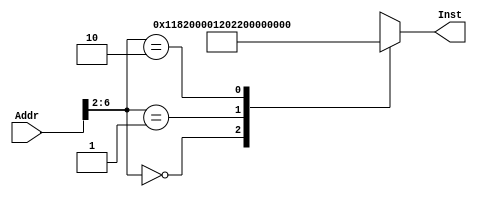
`timescale 1ns / 1ps
//////////////////////////////////////////////////////////////////////////////////
// Company: 
// Engineer: 
// 
// Design Name: 
// Module Name: Instmem
// Project Name: 
// Target Devices: 
// Tool Versions: 
// Description: 
// 
// Dependencies: 
// 
// Revision:
// Revision 0.01 - File Created
// Additional Comments:
// 
//////////////////////////////////////////////////////////////////////////////////


module INSTMEM(Addr, Inst);
    input [31:0] Addr;
    output [31:0] Inst;
    wire [31:0] Rom [31:0];
    assign Rom[5'h00] = 32'b00000000000000010001100000100000;
    assign Rom[5'h01] = 32'b00000000000000010010000000100010;
    assign Rom[5'h02] = 32'b00000000000000010010100000100100;
    assign Rom[5'h03] = 32'hXXXXXXXX;
    assign Rom[5'h04] = 32'hXXXXXXXX;
    assign Rom[5'h05] = 32'hXXXXXXXX;
    assign Rom[5'h06] = 32'hXXXXXXXX;
    assign Rom[5'h07] = 32'hXXXXXXXX;
    assign Rom[5'h08] = 32'hXXXXXXXX;
    assign Rom[5'h09] = 32'hXXXXXXXX;
    assign Rom[5'h0A] = 32'hXXXXXXXX;
    assign Rom[5'h0B] = 32'hXXXXXXXX;
    assign Rom[5'h0C] = 32'hXXXXXXXX;
    assign Rom[5'h0D] = 32'hXXXXXXXX;
    assign Rom[5'h0E] = 32'hXXXXXXXX;
    assign Rom[5'h0F] = 32'hXXXXXXXX;
    assign Rom[5'h10] = 32'hXXXXXXXX;
    assign Rom[5'h11] = 32'hXXXXXXXX;
    assign Rom[5'h12] = 32'hXXXXXXXX;
    assign Rom[5'h13] = 32'hXXXXXXXX;
    assign Rom[5'h14] = 32'hXXXXXXXX;
    assign Rom[5'h15] = 32'hXXXXXXXX;
    assign Rom[5'h16] = 32'hXXXXXXXX;
    assign Rom[5'h17] = 32'hXXXXXXXX;
    assign Rom[5'h18] = 32'hXXXXXXXX;
    assign Rom[5'h19] = 32'hXXXXXXXX;
    assign Rom[5'h1A] = 32'hXXXXXXXX;
    assign Rom[5'h1B] = 32'hXXXXXXXX;
    assign Rom[5'h1C] = 32'hXXXXXXXX;
    assign Rom[5'h1D] = 32'hXXXXXXXX;
    assign Rom[5'h1E] = 32'hXXXXXXXX;
    assign Rom[5'h1F] = 32'hXXXXXXXX;
    assign Inst = Rom [Addr[6:2]];
    
endmodule